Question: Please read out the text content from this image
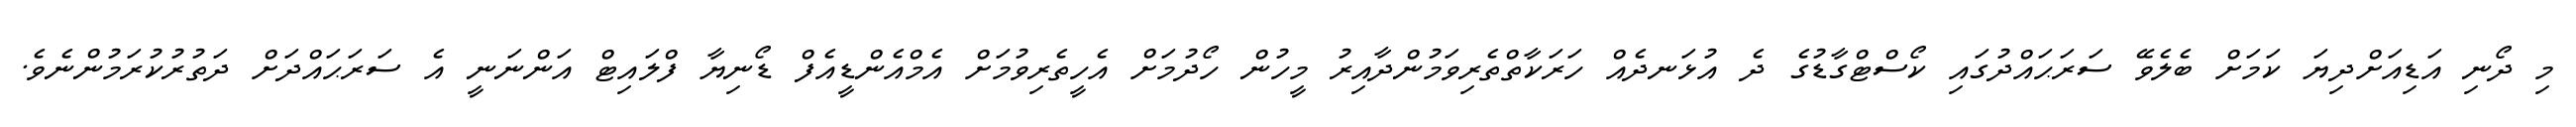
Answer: މި ދޯނި އަޑިއަށްދިޔަ ކަމަށް ބެލެވޭ ސަރަޙައްދުގައި ކޯސްޓްގާޑުގެ ދެ އުޅަނދެއް ހަރަކާތްތެރިވަމުންދާއިރު މީހުން ހޯދުމަށް އެހީތެރިވުމަށް އެމްއެންޑީއެފް ޑޯނިޔާ ފްލައިޓް އަންނަނީ އެ ސަރަޙައްދަށް ދަތުރުކުރަމުންނެވެ.